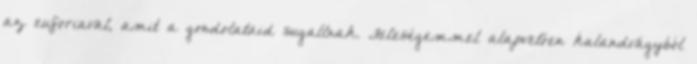
az euforiaval, amit a gondolataid sugallnak. Feleségemmel alapvetően kalandvágyból